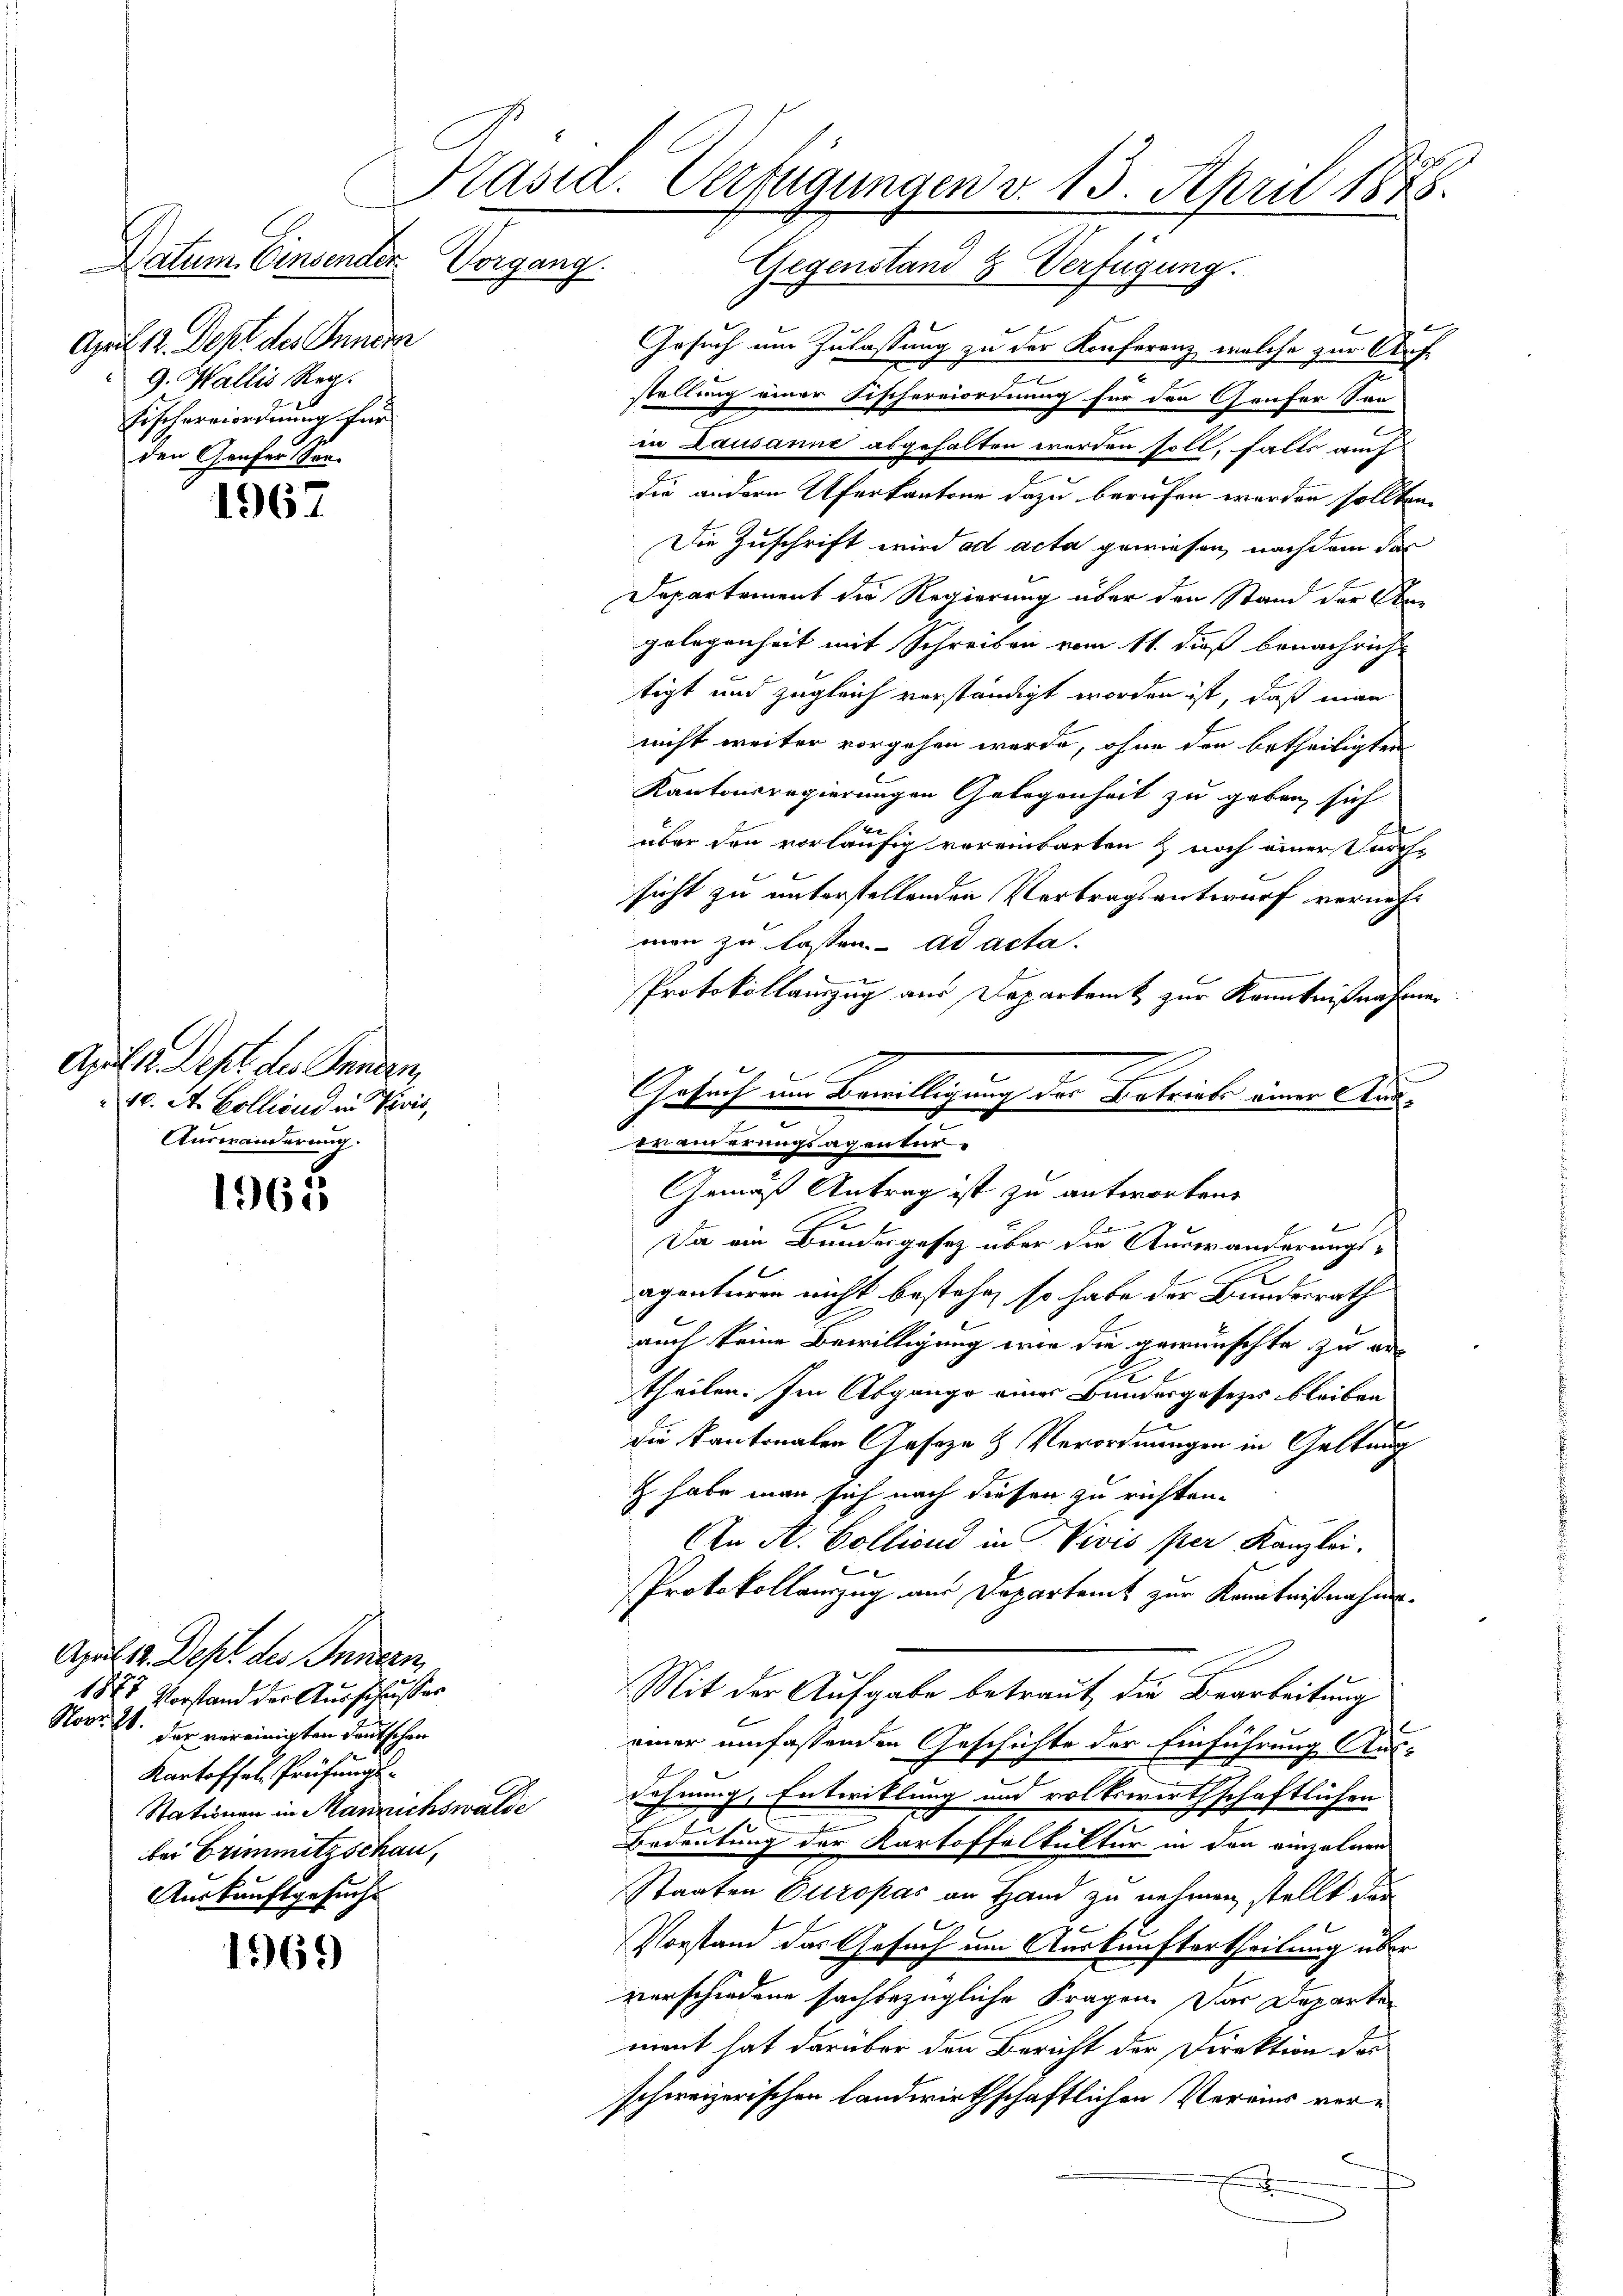
April 12. Dept des Innern
g. Wallis Reg.
Fischereiordnung für
den Genfer Ver-

1967

1965

1569)

April 2. Sept des Innern,
40. A. Bolliond in Revis
Auswänderung.

April 12. Dept des Innern
1875 Vorstand der Ausschusser
Nov. 8. der vereinigten deutschen
Kartoffel Prüfungs¬
Stationen in Mannichswalde
bei Grimmitzschau,
Auskunftgesuch

7
Präsid. Verfügungen v. 13. April 1848.
Datum Einsender Vorgang. Gegenstand & Verfügung.

Gesuch um Zulassung zu der Konferenz, welche zur Aufstellung einer Fischereiordnung für den Grafer San
in Lausanne abgehalten worden soll, falls auch
die andern Uferkantone dazu berufen werden sollten.
Die Zuschrift wird ad acta gewiesen, nachdem das
Departement die Regierung über den Stand der Stagelegenheit mit Schreiben vom 11. dieß benachricht
tigt und zugleich verständigt worden ist, daß man
nicht weiter vorgehen werde, ohne den betheiligten
Kantonsregierungen Gelegenheit zu geben sich
u.
über den vorläufig vereinbarten & noch einer Durchsicht zu unterstellenden Vertragsentwurf vernehmen zu lassen. ad acta.
Protokollauszug aus Departamt zur Kenntnißnahmen
erinnerungsagen tur¬
Gemäß Antrag ist zu antworten.
b
Da ein Bundesgesetz über die Auswanderungsaganturen nicht bestehe, so habe der Bundesrath
auch keine Bewilligung wie die gewünschte zu er-
theilen. Im Abgange einer Bundesgesezes bleiben
die Kantonalen Geseze & Verordnungen in Geltung
t habe man sich nach diesen zu richten.
An A. Colliond in Vivis per Kanzlei.
Protokollanzug aus Departamt zur Kenntnißnahme.
Mit der Aufgabe betraut die Bearbeitung
.
einer umfassenden Geschichte der Einführung Aus-
d
wehnung, Entwicklung und volkswirthschaftlichen
Bedeutung der Kartoffelkultur in den einzelnen
Staaten Europas an Hand zu nehmen, stellt der
e
Vorstand das Gesuch um Auskunftertheilung über
verschiedene sachbezügliche Fragen der Departen
mant hat darüber den Bericht der Direktion des
schweizerischen Landwirthschaftlichen Vereins ver¬
.
5

Gesuch um Bewilligung der Betriebe einer Aus¬